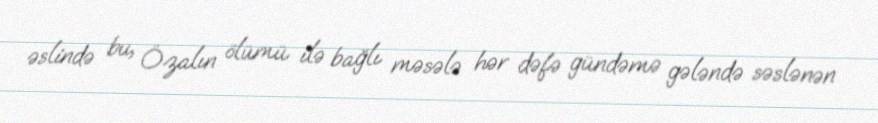
əslində bu, Özalın ölümü ilə bağlı məsələ hər dəfə gündəmə gələndə səslənən